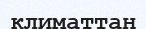
климаттан